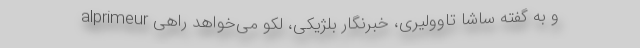
alprimeur و به گفته ساشا تاوولیری، خبرنگار بلژیکی، لکو می‌خواهد راهی